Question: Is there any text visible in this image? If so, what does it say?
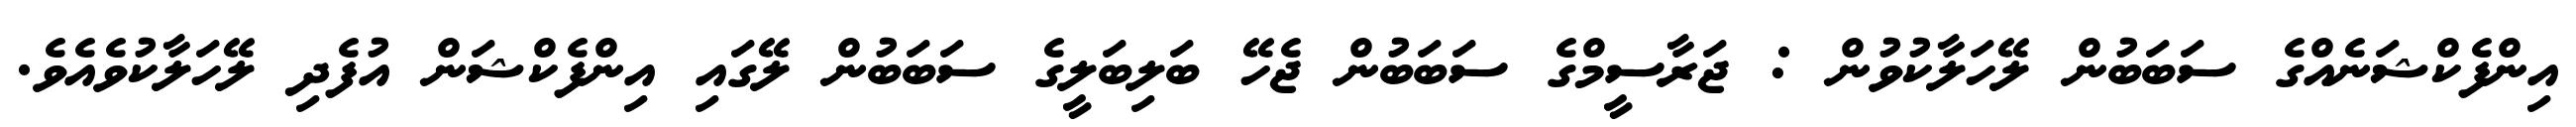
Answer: އިންފެކްޝަނެއްގެ ސަބަބުން ލޭހަލާކުވުން : ޖަރާސީމްގެ ސަބަބުން ޖެހޭ ބަލިބަލީގެ ސަބަބުން ލޭގައި އިންފެކްޝަން އުފެދި ލޭހަލާކުވެއެވެ.